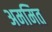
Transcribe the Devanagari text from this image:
अममित